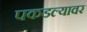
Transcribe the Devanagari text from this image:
पकडल्यावर